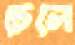
চেলে